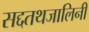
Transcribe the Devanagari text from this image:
सद्दतथजालिनी